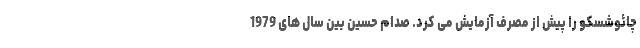
چائوشِسکو را پیش از مصرف آزمایش می کرد. صدام حسین بین سال های 1979